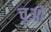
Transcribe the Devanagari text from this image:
चुओं